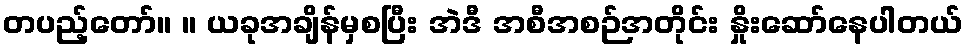
တပည့်တော်။ ။ ယခုအချိန်မှစပြီး အဲဒီ အစီအစဉ်အတိုင်း နှိုးဆော်နေပါတယ်